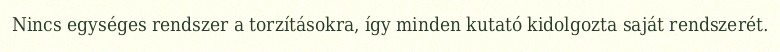
Nincs egységes rendszer a torzításokra, így minden kutató kidolgozta saját rendszerét.